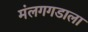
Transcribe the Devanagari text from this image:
मंलगगडाला